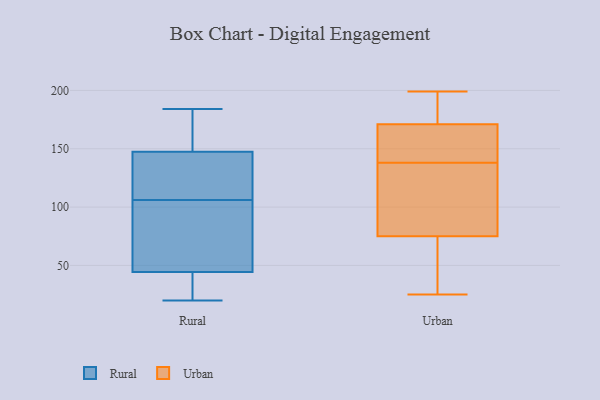
{"axis": {"x": "Market Share (%)", "y": "Value"}, "legend": ["Rural", "Urban"], "data": [{"x": "", "y": 35, "type": "Rural"}, {"x": "", "y": 31, "type": "Rural"}, {"x": "", "y": 161, "type": "Rural"}, {"x": "", "y": 106, "type": "Rural"}, {"x": "", "y": 20, "type": "Rural"}, {"x": "", "y": 20, "type": "Rural"}, {"x": "", "y": 184, "type": "Rural"}, {"x": "", "y": 153, "type": "Rural"}, {"x": "", "y": 108, "type": "Rural"}, {"x": "", "y": 131, "type": "Rural"}, {"x": "", "y": 72, "type": "Rural"}, {"x": "", "y": 89, "type": "Rural"}, {"x": "", "y": 112, "type": "Rural"}, {"x": "", "y": 175, "type": "Rural"}, {"x": "", "y": 104, "type": "Rural"}, {"x": "", "y": 75, "type": "Urban"}, {"x": "", "y": 25, "type": "Urban"}, {"x": "", "y": 187, "type": "Urban"}, {"x": "", "y": 156, "type": "Urban"}, {"x": "", "y": 199, "type": "Urban"}, {"x": "", "y": 160, "type": "Urban"}, {"x": "", "y": 180, "type": "Urban"}, {"x": "", "y": 161, "type": "Urban"}, {"x": "", "y": 109, "type": "Urban"}, {"x": "", "y": 78, "type": "Urban"}, {"x": "", "y": 120, "type": "Urban"}, {"x": "", "y": 38, "type": "Urban"}, {"x": "", "y": 171, "type": "Urban"}, {"x": "", "y": 41, "type": "Urban"}]}